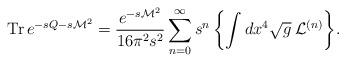
LaTeX: \begin{align*}{\rm Tr}\,e^{-sQ-s{\cal M}^2}= \frac{e^{-s{\cal M}^2}}{16\pi^2 s^2}\sum^{\infty}_{n=0} s^n\, \biggl\{\int dx^4 \sqrt{g}\: {\cal L}^{(n)}\biggr\}.\end{align*}